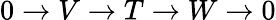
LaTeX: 0\to V\to T\to W\to 0